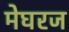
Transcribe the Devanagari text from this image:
मेघरज